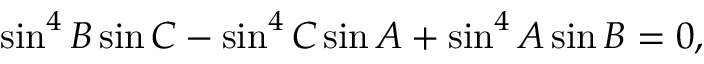
\sin ^ { 4 } B \sin C - \sin ^ { 4 } C \sin A + \sin ^ { 4 } A \sin B = 0 ,